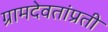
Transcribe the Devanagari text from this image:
ग्रामदेवतांप्रती